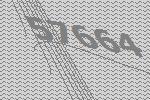
57664